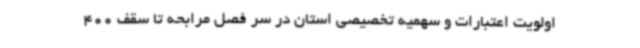
اولویت اعتبارات و سهمیه تخصیصی استان در سر فصل مرابحه تا سقف 400